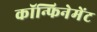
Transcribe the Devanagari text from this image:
कॉन्फिनेमेंट